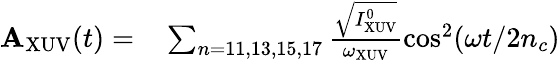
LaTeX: \begin{array}{rl}{\mathbf{A}_{\mathrm{XUV}}(t)=}&{{}\sum_{n=11,13,15,17}\frac{\sqrt{I_{\mathrm{XUV}}^{0}}}{\omega_{\mathrm{XUV}}}\cos^{2}(\omega t/2n_{c})}\end{array}